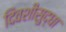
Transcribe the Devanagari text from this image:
दिवशीसुद्धा